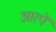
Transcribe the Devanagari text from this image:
आरपें